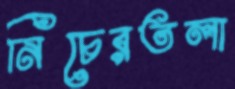
নিচেরতলা